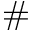
\#